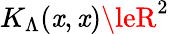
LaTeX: K_{\Lambda}(\mathit{x},\mathit{x})\leR^{2}